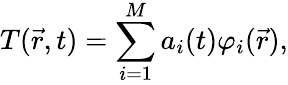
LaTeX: T(\vec{r},t)=\sum_{i=1}^{M}a_{i}(t)\varphi_{i}(\vec{r}),